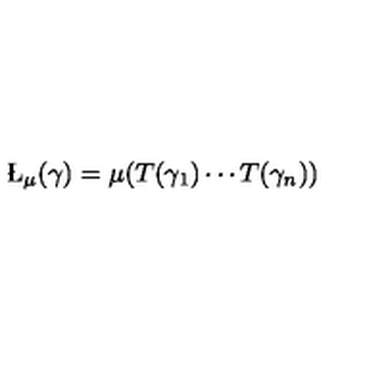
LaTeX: \L _ { \mu } ( \gamma ) = \mu ( T ( \gamma _ { 1 } ) \cdots T ( \gamma _ { n } ) )